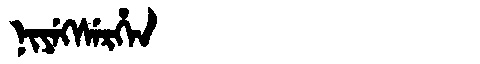
Manchu: ᠨᡳᠶᡝᡴᠰᡝᡵᡥᡝᠨ
Romanization: NIYEKSERHEN